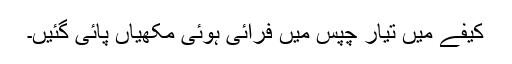
کیفے میں تیار چپس میں فرائی ہوئی مکھیاں پائی گئیں۔